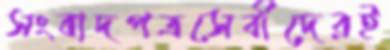
সংবাদপত্রসেবীদেরই